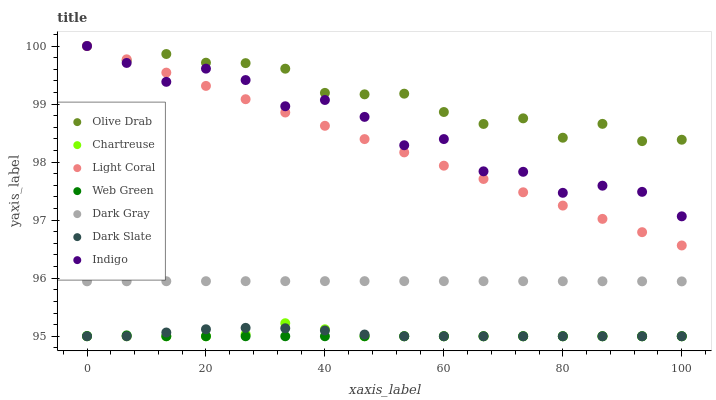
| xaxis_label | Olive Drab | Chartreuse | Light Coral | Web Green | Dark Gray | Dark Slate | Indigo |
 | --- | --- | --- | --- | --- | --- | --- | --- |
 | 0 | 100 | 95 | 100 | 95 | 95.9 | 95 | 100 |
 | 6.67 | 99.7 | 95 | 99.8 | 95 | 95.9 | 95 | 99.7 |
 | 13.3 | 99.9 | 95 | 99.5 | 95 | 95.9 | 95.1 | 99.4 |
 | 20 | 99.7 | 95 | 99.3 | 95 | 95.9 | 95.1 | 99.6 |
 | 26.7 | 99.7 | 95 | 99.1 | 95 | 95.9 | 95.1 | 99.4 |
 | 33.3 | 99.6 | 95.2 | 98.9 | 95 | 95.9 | 95.1 | 99 |
 | 40 | 99.2 | 95.1 | 98.6 | 95 | 95.9 | 95.1 | 99.1 |
 | 46.7 | 99.2 | 95 | 98.4 | 95 | 95.9 | 95 | 98.8 |
 | 53.3 | 99.2 | 95 | 98.2 | 95 | 95.9 | 95 | 98.3 |
 | 60 | 98.9 | 95 | 97.9 | 95 | 95.9 | 95 | 98.4 |
 | 66.7 | 98.7 | 95 | 97.7 | 95 | 95.9 | 95 | 97.8 |
 | 73.3 | 98.8 | 95 | 97.5 | 95 | 95.9 | 95 | 97.8 |
 | 80 | 98.4 | 95 | 97.3 | 95 | 95.9 | 95 | 97.5 |
 | 86.7 | 98.7 | 95 | 97 | 95 | 95.9 | 95 | 97.6 |
 | 93.3 | 98.4 | 95 | 96.8 | 95 | 95.9 | 95 | 97.5 |
 | 100 | 98.4 | 95 | 96.6 | 95 | 95.9 | 95 | 97.1 |